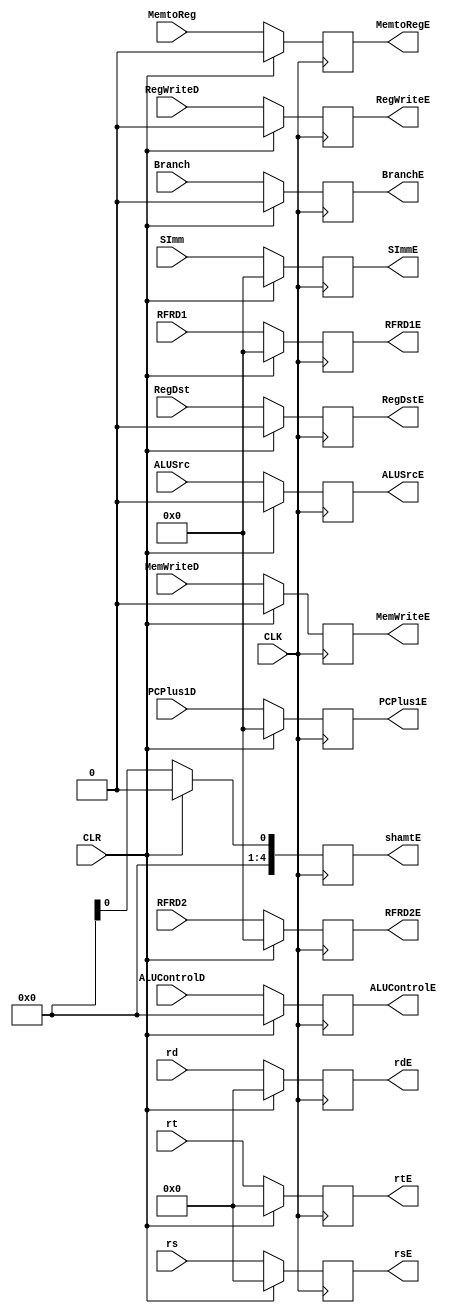
module decode_execute_register # (parameter WL = 32)
(
    input CLK,
    input CLR,
    input RegWriteD,
    input MemtoReg,
    input MemWriteD,
    input Branch,
    input [3 : 0] ALUControlD,
    input ALUSrc,
    input RegDst,
    input [WL - 1 : 0] RFRD1,
    input [WL - 1 : 0] RFRD2,
    input [4 : 0] rs,
    input [4 : 0] rt,
    input [4 : 0] rd,
    input [WL - 1 : 0] SImm,
    input [WL - 1 : 0] PCPlus1D,
    output reg RegWriteE,
    output reg MemtoRegE,
    output reg MemWriteE,
    output reg BranchE,
    output reg [3 : 0] ALUControlE,
    output reg ALUSrcE,
    output reg RegDstE,
    output reg [WL - 1 : 0] RFRD1E,
    output reg [WL - 1 : 0] RFRD2E,
    output reg [4 : 0] rsE,
    output reg [4 : 0] rtE,
    output reg [4 : 0] rdE,
    output reg [WL - 1 : 0] SImmE,
    output reg [WL - 1 : 0] PCPlus1E,
    output reg [4 : 0] shamtE
);
    always @ (posedge CLK)
    begin
        if(CLR)
        begin
            RegWriteE <= 0;
            MemtoRegE <= 0;
            MemWriteE <= 0;
            BranchE <= 0;
            ALUControlE <= 0;
            ALUSrcE <= 0;
            RegDstE <= 0;
            RFRD1E <= 0;
            RFRD2E <= 0;
            rsE <= 0;
            rtE <= 0;
            rdE <= 0;
            SImmE <= 0; 
            PCPlus1E <= 0;
            shamtE <= 0;
        end
        else
        begin
            RegWriteE <= RegWriteD;
            MemtoRegE <= MemtoReg;
            MemWriteE <= MemWriteD;
            BranchE <= Branch;
            ALUControlE <= ALUControlD;
            ALUSrcE <= ALUSrc;
            RegDstE <= RegDst;
            RFRD1E <= RFRD1;
            RFRD2E <= RFRD2;
            rsE <= rs;
            rtE <= rt;
            rdE <= rd;
            SImmE <= SImm; 
            PCPlus1E <= PCPlus1D;
            shamtE <= top.shamt;
        end
    end
endmodule